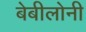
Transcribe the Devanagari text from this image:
बेबीलोनी